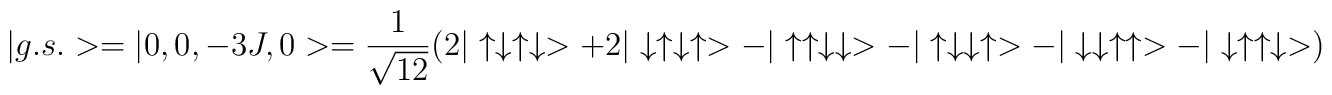
|g.s.>=|0,0,-3J,0>=\frac{1}{\sqrt{12}}(2|\uparrow\downarrow\uparrow\downarrow>+2|\downarrow\uparrow\downarrow\uparrow>-|\uparrow\uparrow\downarrow \downarrow> -|\uparrow\downarrow \downarrow\uparrow>-|\downarrow \downarrow\uparrow\uparrow>-|\downarrow\uparrow\uparrow\downarrow>)\quad .